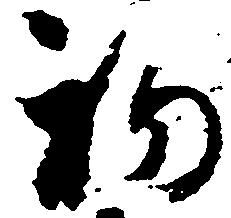
初